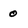
Character: 0